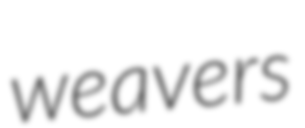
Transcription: weavers